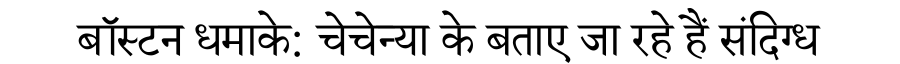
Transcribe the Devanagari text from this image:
बॉस्टन धमाके: चेचेन्या के बताए जा रहे हैं संदिग्ध